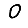
Digit: 0